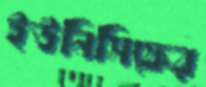
ইউনিসিফের